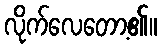
လိုက်လေတော့၏။